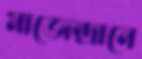
মাজেন্দ্রানে